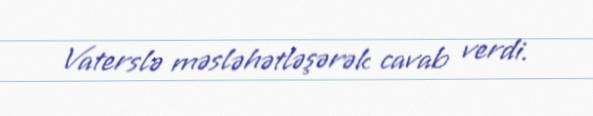
Vaterslə məsləhətləşərək cavab verdi.